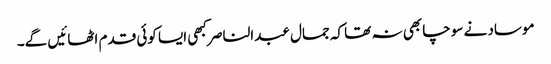
موساد نے سوچا بھی نہ تھا کہ جمال عبدالناصر کبھی ایسا کوئی قدم اٹھائیں گے۔